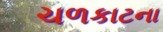
ચળકાટના